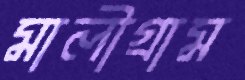
মালীগ্রাম